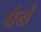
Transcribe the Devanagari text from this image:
पेयं